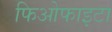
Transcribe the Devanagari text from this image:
फिओफाइटा